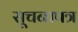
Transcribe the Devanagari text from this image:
सूचनापत्र